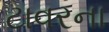
ટાવરના